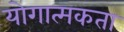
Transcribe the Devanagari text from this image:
योगात्मकता